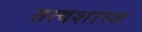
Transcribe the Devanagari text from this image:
तत्वशास्त्र